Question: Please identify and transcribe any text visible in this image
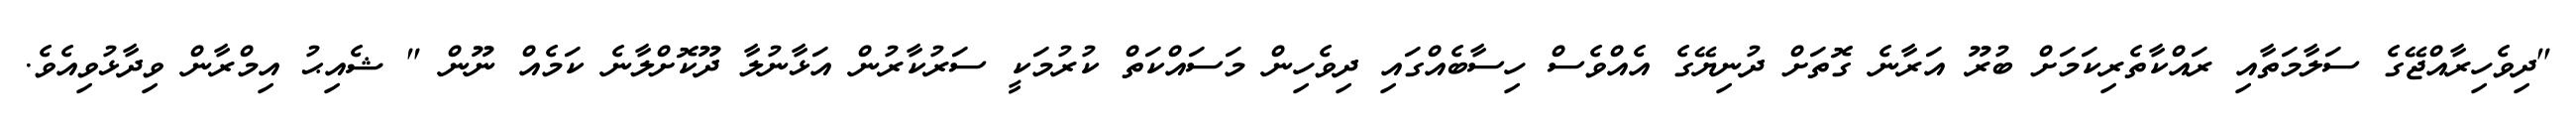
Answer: "ދިވެހިރާއްޖޭގެ ސަލާމަތާއި ރައްކާތެރިކަމަށް ބުރޫ އަރާނެ ގޮތަށް ދުނިޔޭގެ އެއްވެސް ހިސާބެއްގައި ދިވެހިން މަސައްކަތް ކުރުމަކީ ސަރުކާރުން އަޅާނުލާ ދޫކޮށްލާނެ ކަމެއް ނޫން " ޝެއިޙު އިމްރާން ވިދާޅުވިއެވެ.